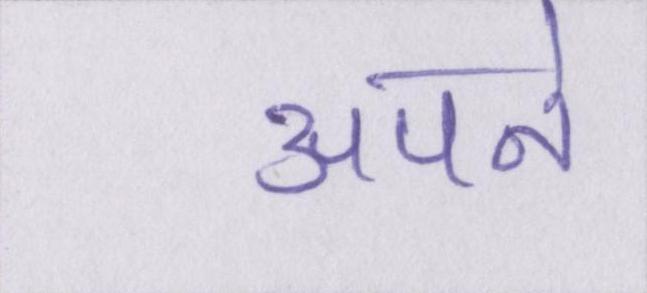
अपने